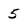
Character: 5